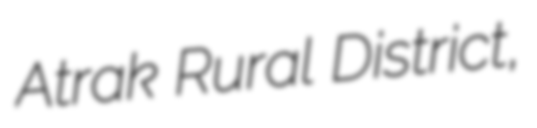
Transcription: Atrak Rural District,